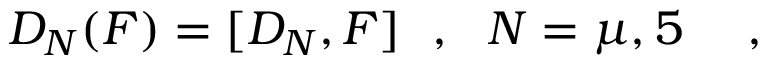
D _ { N } ( F ) = [ D _ { N } , F ] ~ ~ , ~ ~ N = \mu , 5 ~ ~ ~ ~ ,